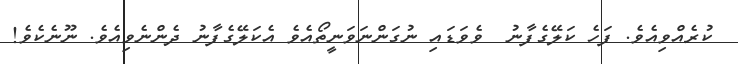
ކުރެއްވިއެވެ. ފަހެ ކަލޭގެފާނު  ވެވަޑައި ނުގަންނަވަނީތޯއެވެ އެކަލޭގެފާނު ދެންނެވިއެވެ. ނޫނެކެވެ!